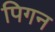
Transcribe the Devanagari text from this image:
पिगन